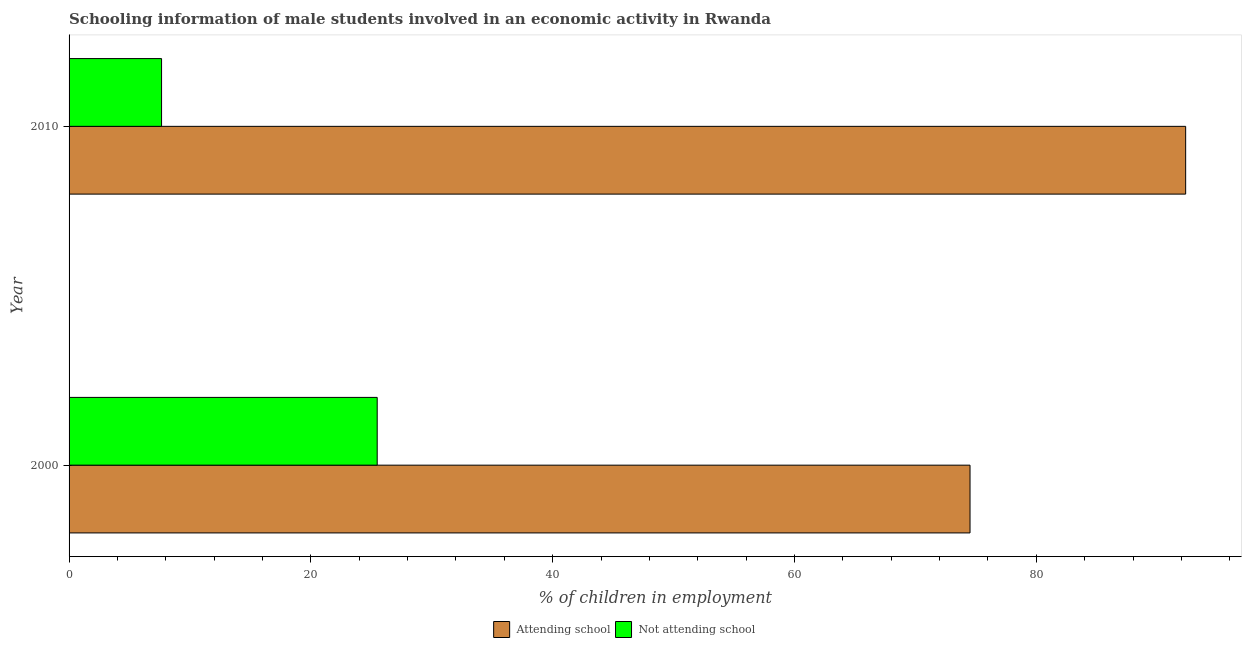
| Year | Attending school | Not attending school |
 | --- | --- | --- |
 | 2000 | 74.5 | 25.5 |
 | 2010 | 92.3 | 7.65 |